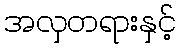
အလှတရားနှင့်